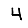
Digit: 4